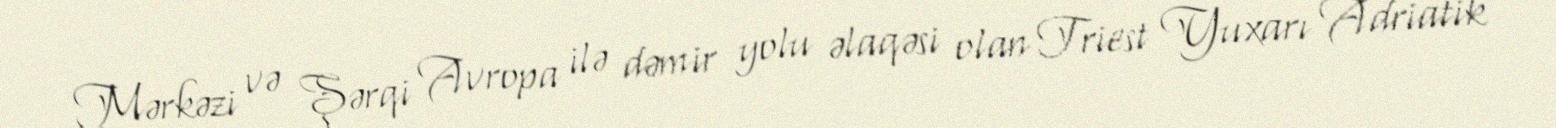
Mərkəzi və Şərqi Avropa ilə dəmir yolu əlaqəsi olan Triest Yuxarı Adriatik